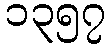
၁၃၅၇